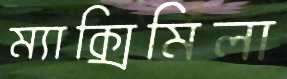
ম্যাক্সিমিলা